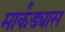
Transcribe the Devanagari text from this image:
मार्कंड्यास